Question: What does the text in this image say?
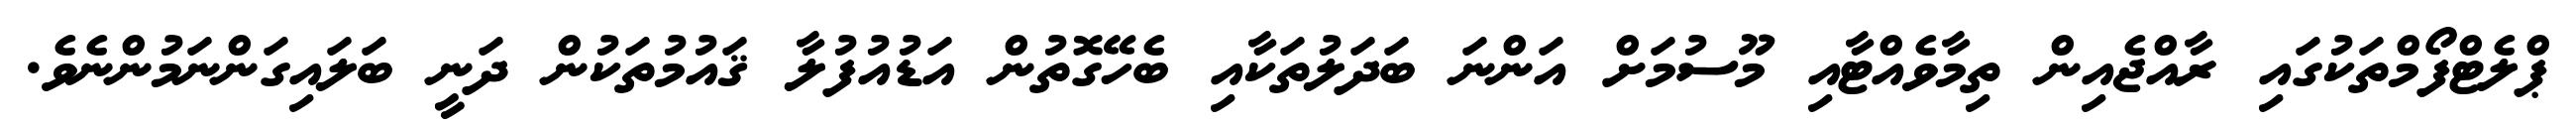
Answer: ޕްލެޓްފޯމްތަކުގައި ރާއްޖެއިން ތިމާވެއްޓާއި މޫސުމަށް އަންނަ ބަދަލުތަކާއި ބެހޭގޮތުން އަޑުއުފުލާ ޤައުމުތަކުން ދަނީ ބަލައިގަންނަމުންނެވެ.